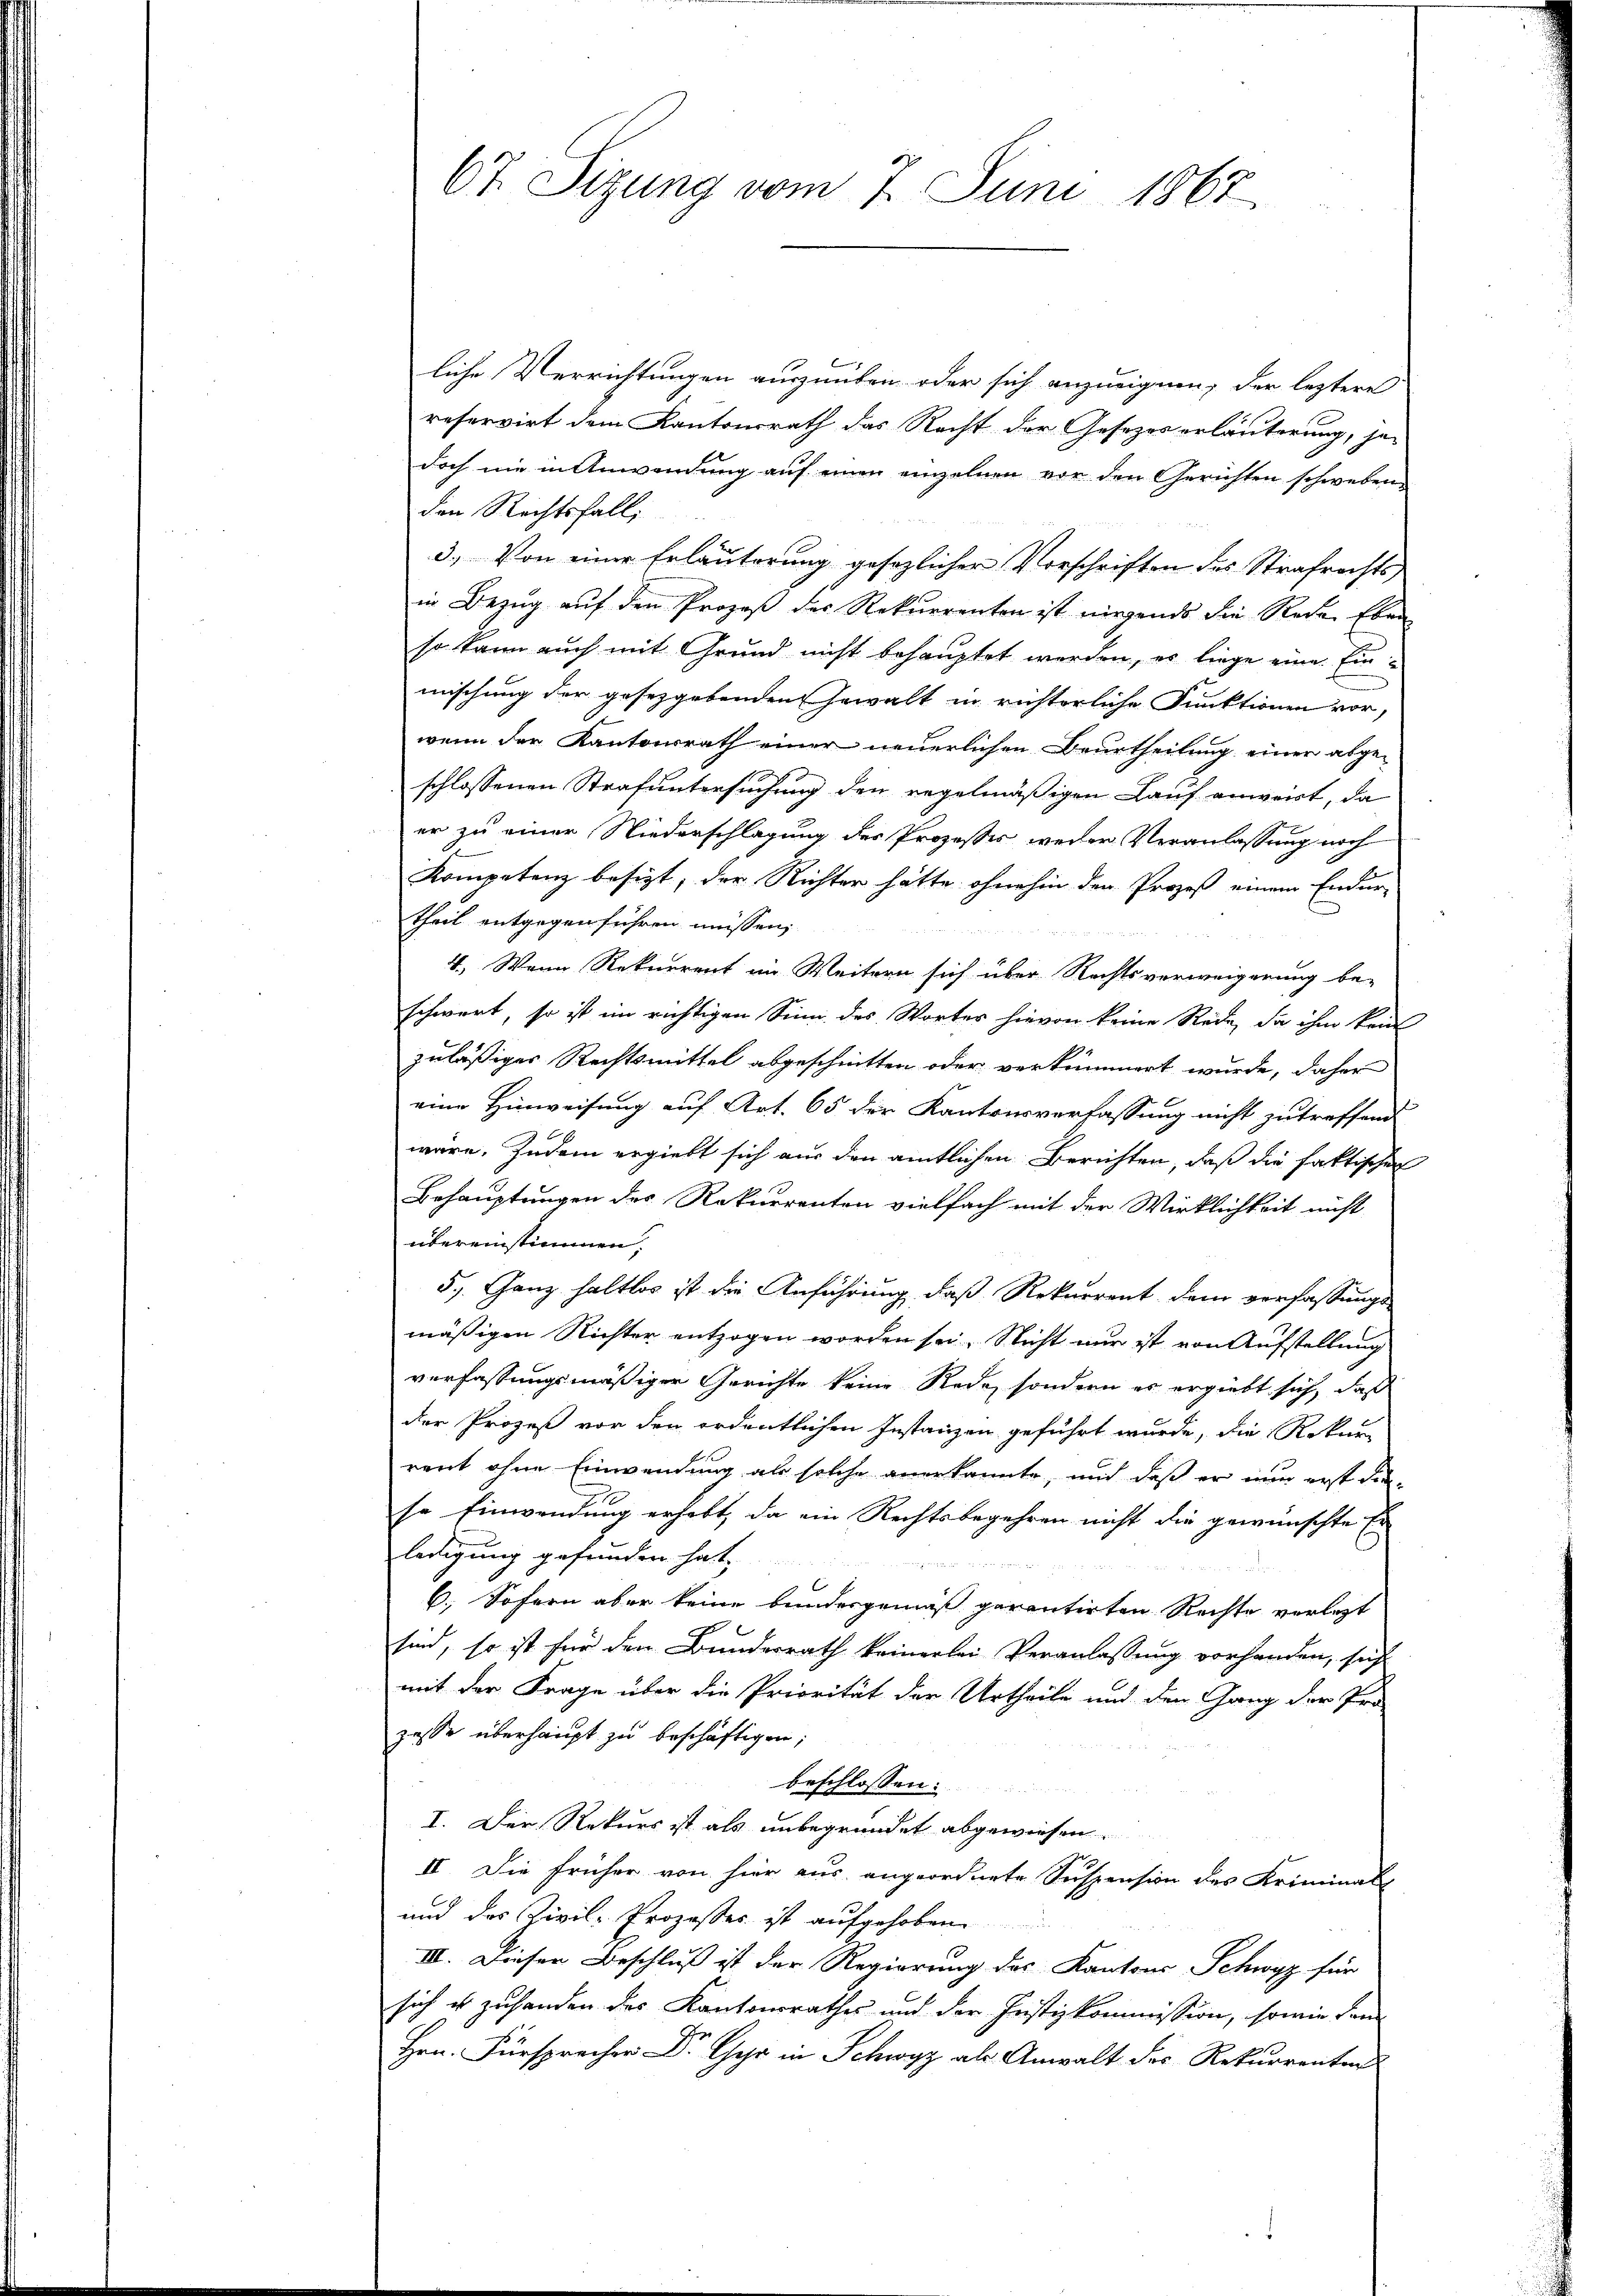
67. Sizung vom 7. Juni 1867

liche Verrichtungen auszuüben oder sich anzueignen, der leztere
reservirt dem Kantonsrath das Recht der Gesezes erläuterung, jedoch nie in Anwendung auf einen einzelnen vor den Gerichten schwebenden Rechtsfall,
3.) Von einer Erläuterung gesezlicher Vorschriften des Strafrechts
in Bezug auf den Prozeß des Rekurrenten ist nirgends die Rede Eben
so kann auch mit Grund nicht behauptet werden, es liege eine Einmischung der gesetzgebenden Gewalt in richterliche Funktionen vor,
wenn der Kantonsrath einer neuerlichen Beurtheilung einer abge-
schlossenen Strafuntersuchung den regelmäßigen Lauf anweit, da
er zu einer Niederschlagung des Prozesser weder Veranlassung noch
Kompetenz besizt, der Richter hätte ohnehin den Prozeß einem Endur-
theil entgegen führen müssen,
4. Wenn Rekurrent im Weitern sich über Rechtsverweigerung be-
schwert, so ist im richtigen Sinn des Wortes hievon keine Rede, da ihm kein
zuläßiger Rechtsmittel abgeschnitten oder verkümmert wurde, daher
eine Hinweisung auf Art. 65 der Kantonsverfassung nicht zutreffend
wäre. Zudem ergiebt sich aus den amtlichen Berichten, daß die faktischen
Behauptungen des Rekurrenten vielfach mit der Wirklichkeit nicht
übereinstimmen;
5.) Ganz haltlos ist die Anführung, daß Rekurrent dem verfassungs
mäßigen Richter entzogen worden sei. Nicht nur ist von Aufstellung
verfassungsmäßiger Gerichte keine Rede, sondern es ergiebt sich, daß
der Prozeß vor den ordentlichen Instanzen geführt wurde, die Rekurr
rent ohne Einwendung als solche anerkannte, und daß er nun erst die
se Einwendung erhebt, da ein Rechtsbegehren nicht die gewünschte Er
ledigung gefunden hat,

6. Sofern aber keine bundesgemäß gerantirten Rechte verletzt
sind, so ist für den Bundesrath keinerlei Veranlassung vorhanden, sich
mit der Frage über die Priorität der Urtheile und den Gang der Pro-
zasse überhaupt zu beschäftigen,
beschlossen:
I. Der Rekurs ist als unbegründet abgewiesen.
II. Die früher von hier aus angeordnete Suspension des Kriminal-
und das Zivil-Prozesser ist aufgehoben
III. Dieser Beschluß ist der Regierung des Kantons Schwyz für
sich es zuhanden des Kantonsrathes und der Justizkommission, sowie dem
Hrn. Fürsprecher Dr. Ger in Schwyz als Anwalt des Rekurrenten